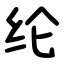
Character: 纶